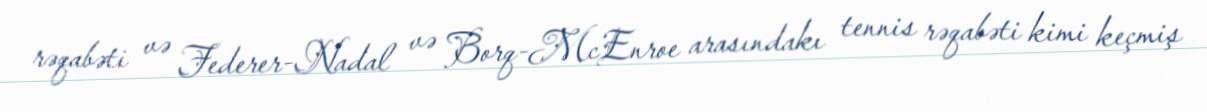
rəqabəti və Federer-Nadal və Borq-McEnroe arasındakı tennis rəqabəti kimi keçmiş